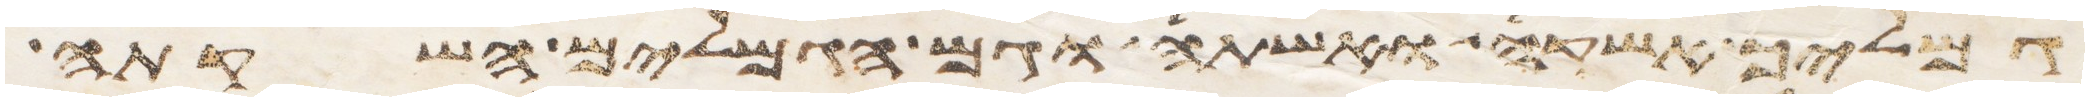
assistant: גמליך אשקה ואשתה וגם הגמלים השקתה